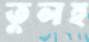
তুলহ